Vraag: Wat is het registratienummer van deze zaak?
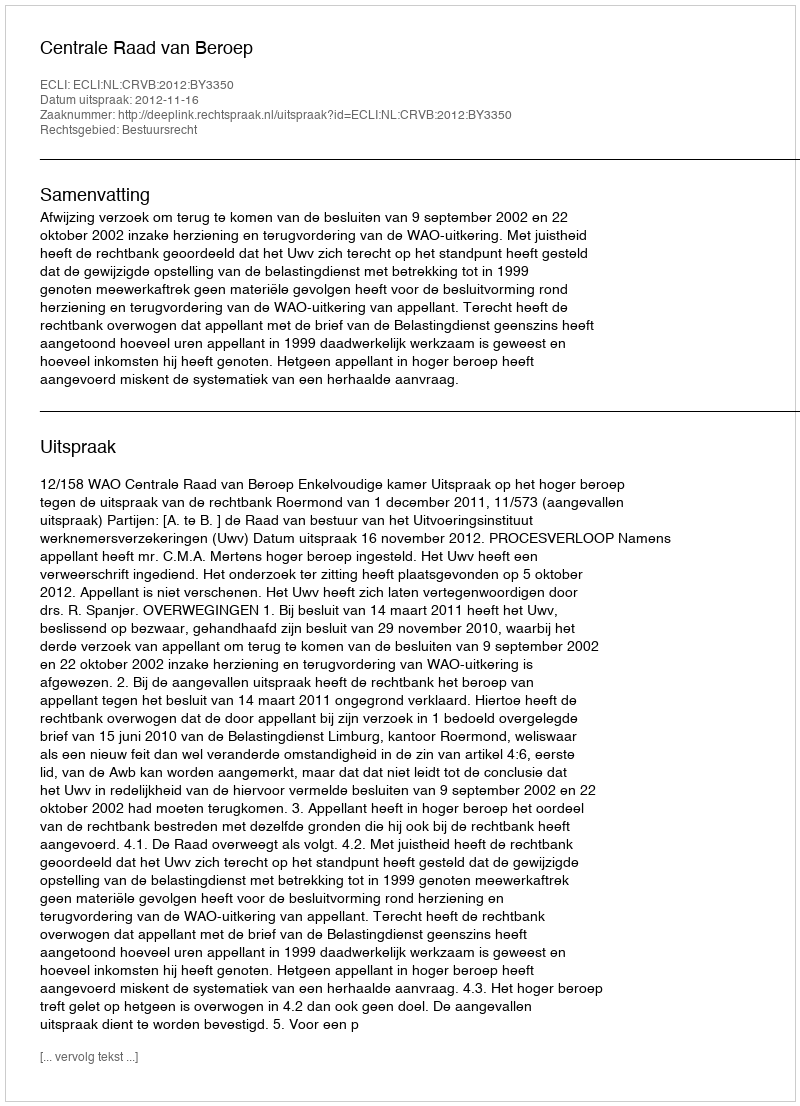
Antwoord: http://deeplink.rechtspraak.nl/uitspraak?id=ECLI:NL:CRVB:2012:BY3350